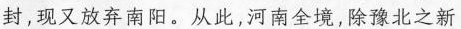
封，现又放弃南阳。从此，河南全境，除豫北之新